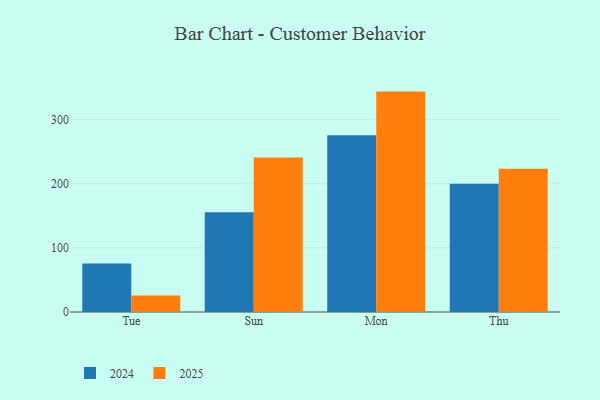
{"axis": {"x": "Day", "y": "Budget (USD K)"}, "legend": ["2024", "2025"], "data": [{"x": "Tue", "y": 25.9, "type": "2025"}, {"x": "Tue", "y": 75.6, "type": "2024"}, {"x": "Sun", "y": 241.0, "type": "2025"}, {"x": "Sun", "y": 155.6, "type": "2024"}, {"x": "Mon", "y": 343.8, "type": "2025"}, {"x": "Mon", "y": 275.8, "type": "2024"}, {"x": "Thu", "y": 223.3, "type": "2025"}, {"x": "Thu", "y": 200.0, "type": "2024"}]}